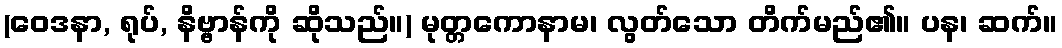
(ဝေဒနာ, ရုပ်, နိဗ္ဗာန်ကို ဆိုသည်။) မုတ္တကောနာမ၊ လွတ်သော တိက်မည်၏။ ပန၊ ဆက်။